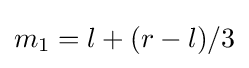
m_{1}=l+(r-l)/3